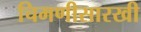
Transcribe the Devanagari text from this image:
चिमणीसारखी